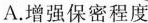
A.增强保密程度